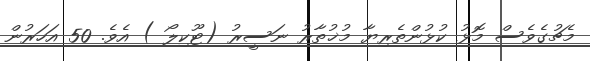
މެޗުގެވެސް މޮޅު ކުޅުންތެރިޔާ މުޚުތާރު ނަސީރު (ޓޫކިލޯ ) އެވެ. 50 އަހަރުން